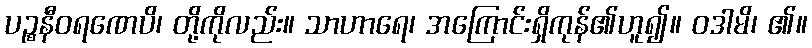
ပဉ္စနီဝရဏေပိ၊ တို့ကိုလည်း။ သာဟာရေ၊ အကြောင်းရှိကုန်၏ဟူ၍။ ဝဒါမိ၊ ၏။